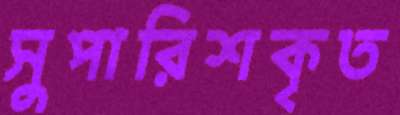
সুপারিশকৃত